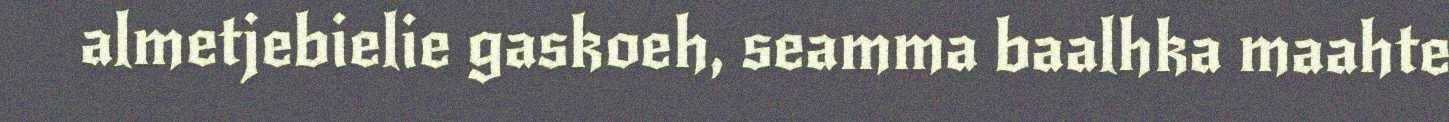
almetjebielie gaskoeh, seamma baalhka maahte